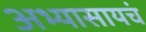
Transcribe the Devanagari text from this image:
अभ्यासायचं